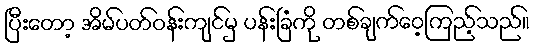
ပြီးတော့ အိမ်ပတ်ဝန်းကျင်မှ ပန်းခြံကို တစ်ချက်ဝေ့ကြည့်သည်။